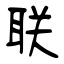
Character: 联